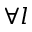
\forall l